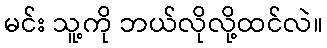
မင်း သူ့ကို ဘယ်လိုလို့ထင်လဲ။